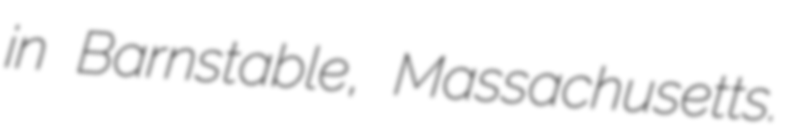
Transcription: in Barnstable, Massachusetts.